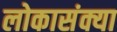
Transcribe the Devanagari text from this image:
लोकासंक्या